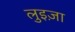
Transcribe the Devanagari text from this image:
लुइज़ा